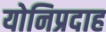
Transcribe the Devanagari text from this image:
योनिप्रदाह